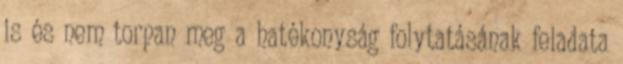
is és nem torpan meg a hatékonyság folytatásának feladata